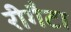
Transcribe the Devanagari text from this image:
रीगैटा